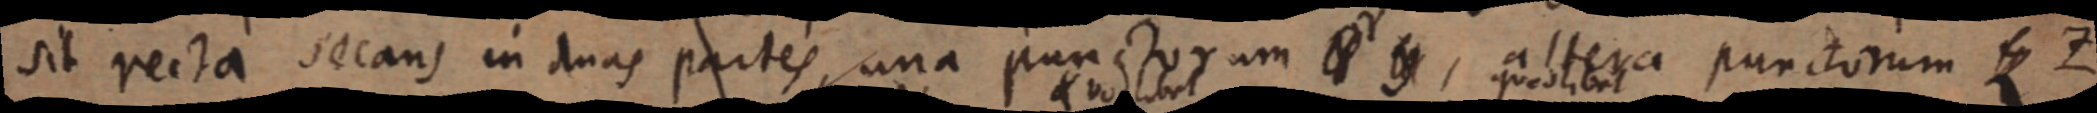
sit recta secans in duas partes, una punctorum _, altera punctorum Z Z